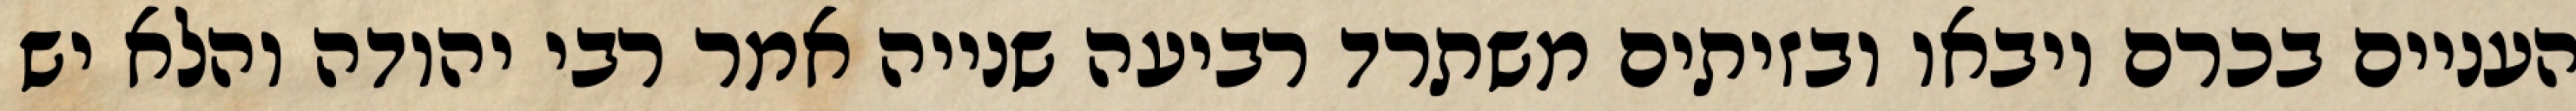
העניים בכרם ויבאו ובזיתים משתרד רביעה שנייה אמר רבי יהודה והלא יש